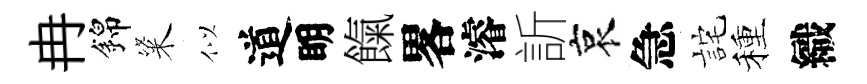
冉錦粢似道眀餼畧濬訢哀急詫種織